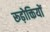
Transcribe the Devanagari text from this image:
रूढ़ोक्तियों